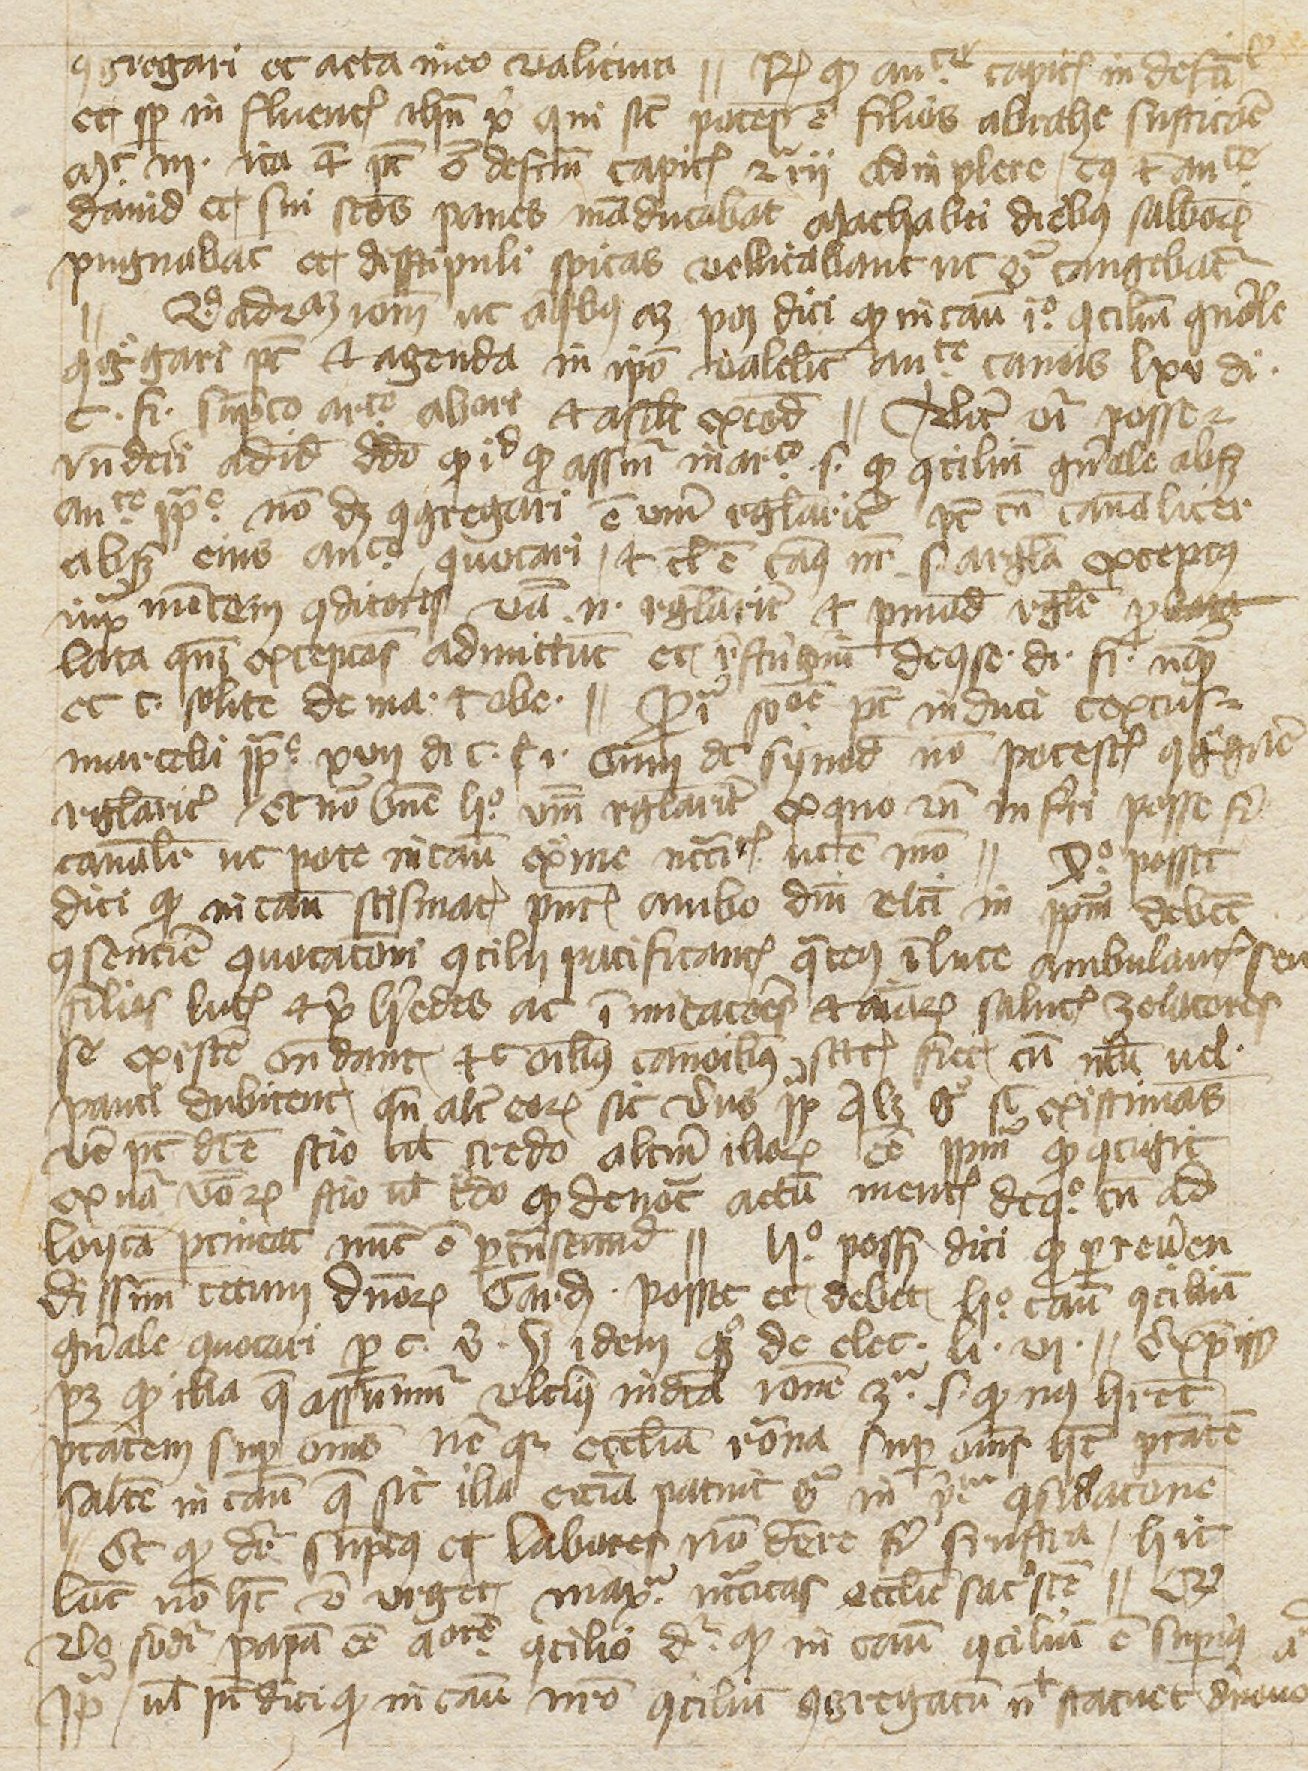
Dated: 1397–1397